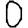
Digit: 0